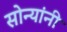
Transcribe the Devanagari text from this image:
सोन्यांनी